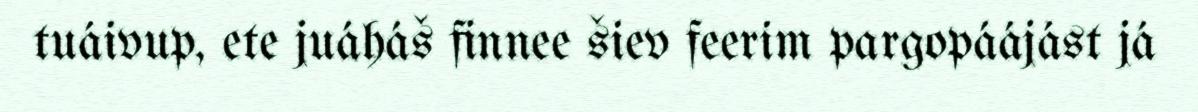
tuáivup, ete juáháš finnee šiev feerim pargopáájást já